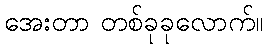
အေးတာ တစ်ခုခုလောက်။